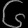
Digit: ၆